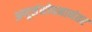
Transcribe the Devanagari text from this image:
अणूसंशोधनानंतर